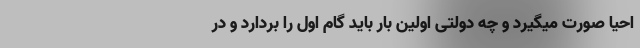
احیا صورت میگیرد و چه دولتی اولین بار باید گام اول را بردارد و در